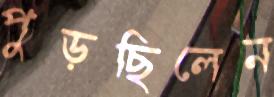
পুড়ছিলেন